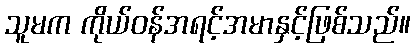
သူမက ကိုယ်ဝန်အရင့်အမာနှင့်ဖြစ်သည်။